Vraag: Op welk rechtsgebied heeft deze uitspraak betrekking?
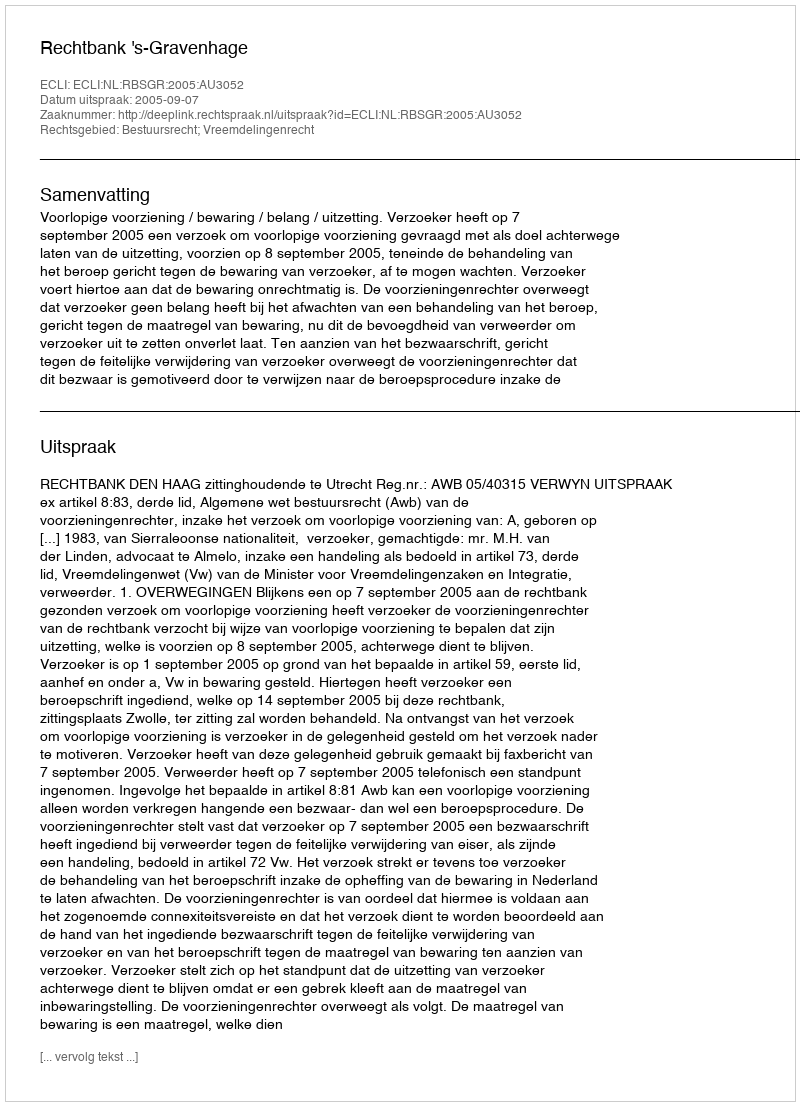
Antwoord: Bestuursrecht; Vreemdelingenrecht